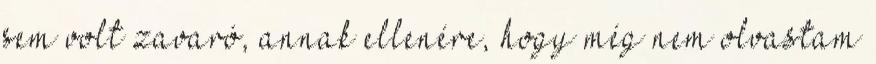
sem volt zavaró, annak ellenére, hogy még nem olvastam